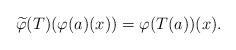
LaTeX: \begin{align*}\widetilde{\varphi}(T)(\varphi(a)(x))= \varphi(T(a))(x).\end{align*}